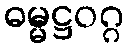
ဓမ္မဋ္ဌဝဂ္ဂ